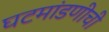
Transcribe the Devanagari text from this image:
घटमांडणीची